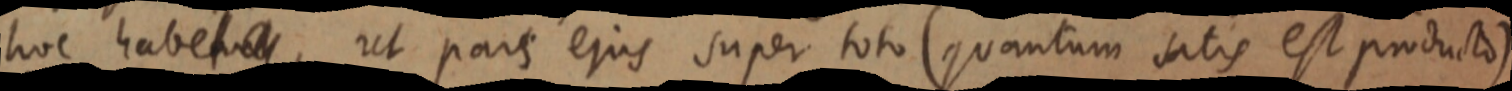
hoc habet _, ut pars ejus super toto (quantum satis est producto)